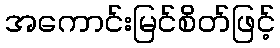
အကောင်းမြင်စိတ်ဖြင့်